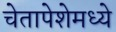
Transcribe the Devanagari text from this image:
चेतापेशेमध्ये